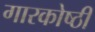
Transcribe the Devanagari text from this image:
गारकोष्ठी